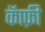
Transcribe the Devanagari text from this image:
कॅाफ़ी